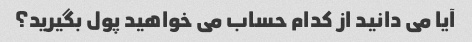
آیا می دانید از کدام حساب می خواهید پول بگیرید؟